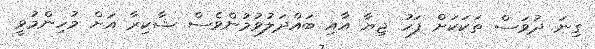
ގިނަ ދުވަސް ތަކަކަށް ފަހު ޖިޔާ އާއި ބައްދަލުވުމުންވެސް ޝާކިރާ އަށް މުހިންމުވީ